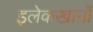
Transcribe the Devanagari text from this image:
इलेकखानों